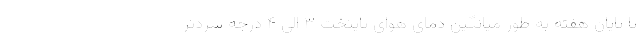
تا پایان هفته به طور میانگین دمای هوای پایتخت ۳ الی ۴ درجه سردتر